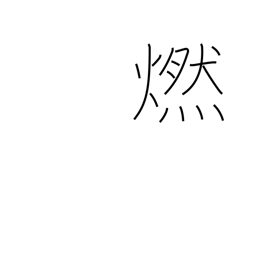
Meaning: glow